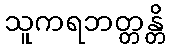
သူကရဘတ္တန္တိ